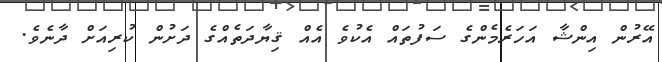
އޭރުން އިންޝާ އަހަރެމެންގެ ސަފުތައް އެކުވެ އެއް ޤިޔާދަތެއްގެ ދަށުން ކުރިއަށް ދާނެވެ.